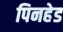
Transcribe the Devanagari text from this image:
पिनहेड